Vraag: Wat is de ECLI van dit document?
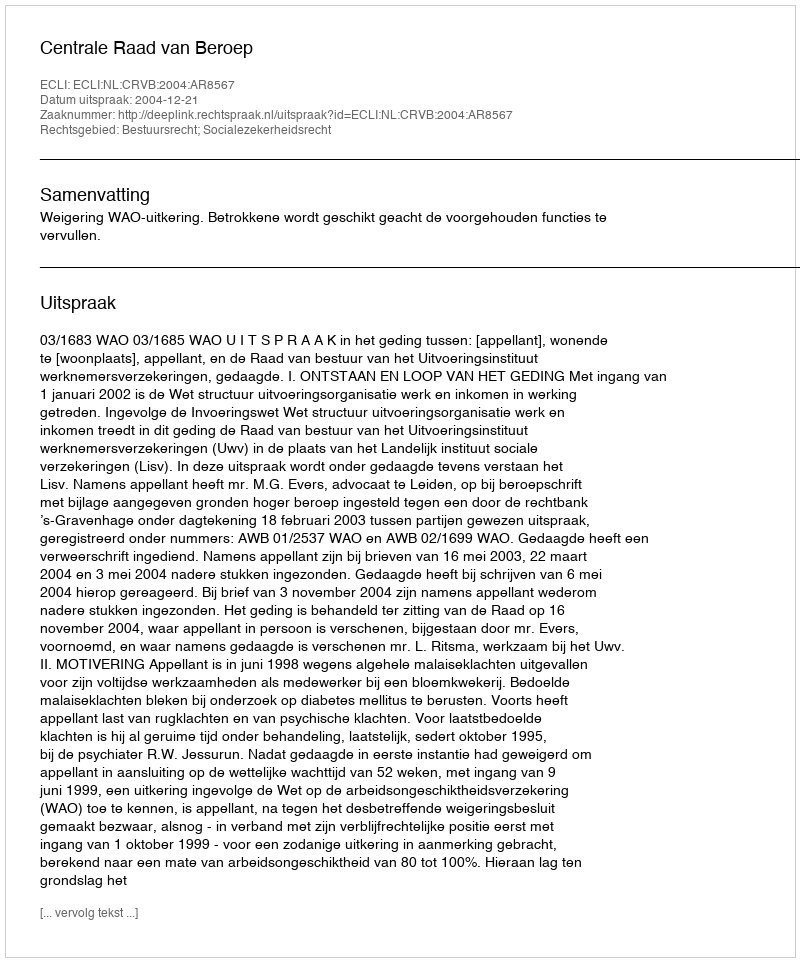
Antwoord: ECLI:NL:CRVB:2004:AR8567